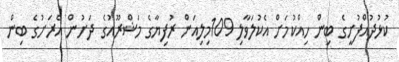
ކުޅުދުއްފުށީގެ ބިން ހިއްކުމަށް އެކުލަވާލި 109މިލިއަން ރުފިޔާގެ މަޝްރޫއުގެ ދަށުން އެރަށުގެ ބިން